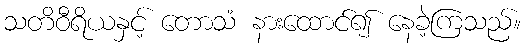
သတိဝီရိယနှင့် တောသံ နားထောင်၍ နေခဲ့ကြသည်။